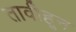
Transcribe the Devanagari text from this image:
तावीहून